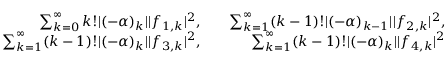
\begin{array} { r l r } { \sum _ { k = 0 } ^ { \infty } k ! | ( - \alpha ) _ { k } | | f _ { 1 , k } | ^ { 2 } , } & { } & { \sum _ { k = 1 } ^ { \infty } ( k - 1 ) ! | ( - \alpha ) _ { k - 1 } | | f _ { 2 , k } | ^ { 2 } , } \\ { \sum _ { k = 1 } ^ { \infty } ( k - 1 ) ! | ( - \alpha ) _ { k } | | f _ { 3 , k } | ^ { 2 } , } & { } & { \sum _ { k = 1 } ^ { \infty } ( k - 1 ) ! | ( - \alpha ) _ { k } | | f _ { 4 , k } | ^ { 2 } } \end{array}